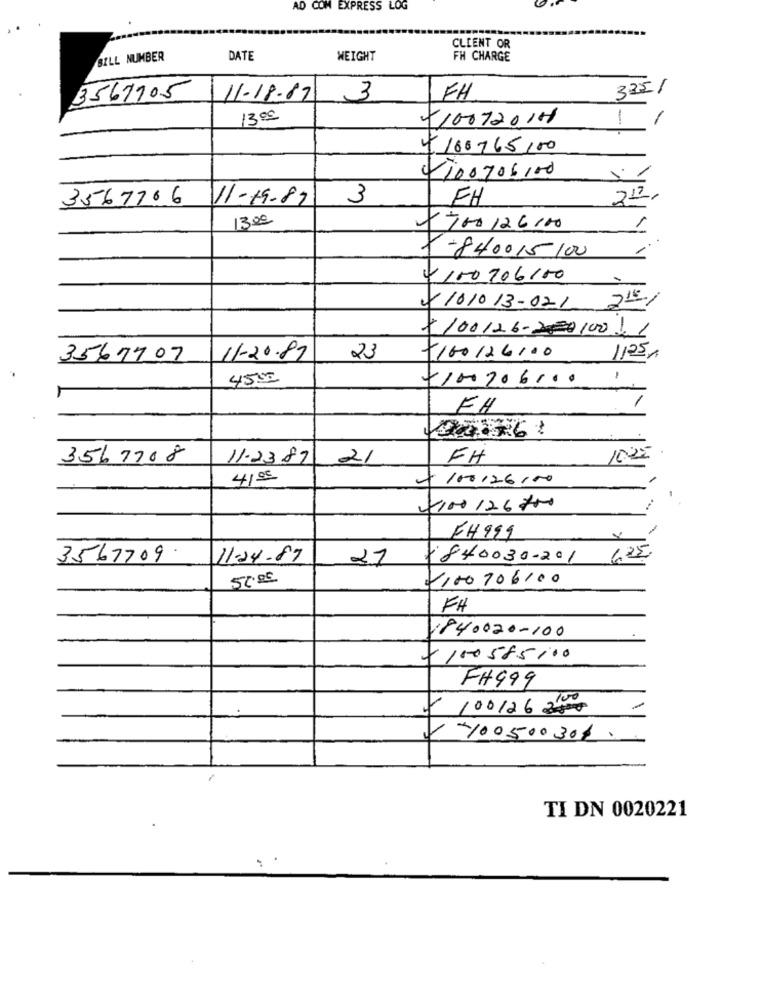
AD COM EXPRESS LOG
CLIENT OR
BILL NUMBER
DATE
WEIGHT
FH CHARGE
335/
3567705
11-18.87
3
FH
1300
410072014
-
+100765,00
100706,00
3567766 11-19-89
3
EH
22.
13.00
700 126100
t-84001510
4 100206150
,15
1010 13-021
-100/26-2000100.
3567707
11-20.87
23
T100126100
1125%
4500
7100206100
-
FH
12276
3567708
11-2387
21
FH
1000
41.º5
+100126,00
4100126700
FH999
3567709
11-24.87
21
7840030-201
625
-100 106100
FH
1840020-100
7100585/00
FH999
- 100126 25
-100500301.
TI DN 0020221